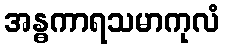
အန္ဓကာရသမာကုလံ